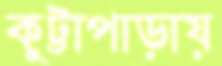
কুট্টাপাড়ায়